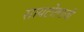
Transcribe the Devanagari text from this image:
सायटोलाजी